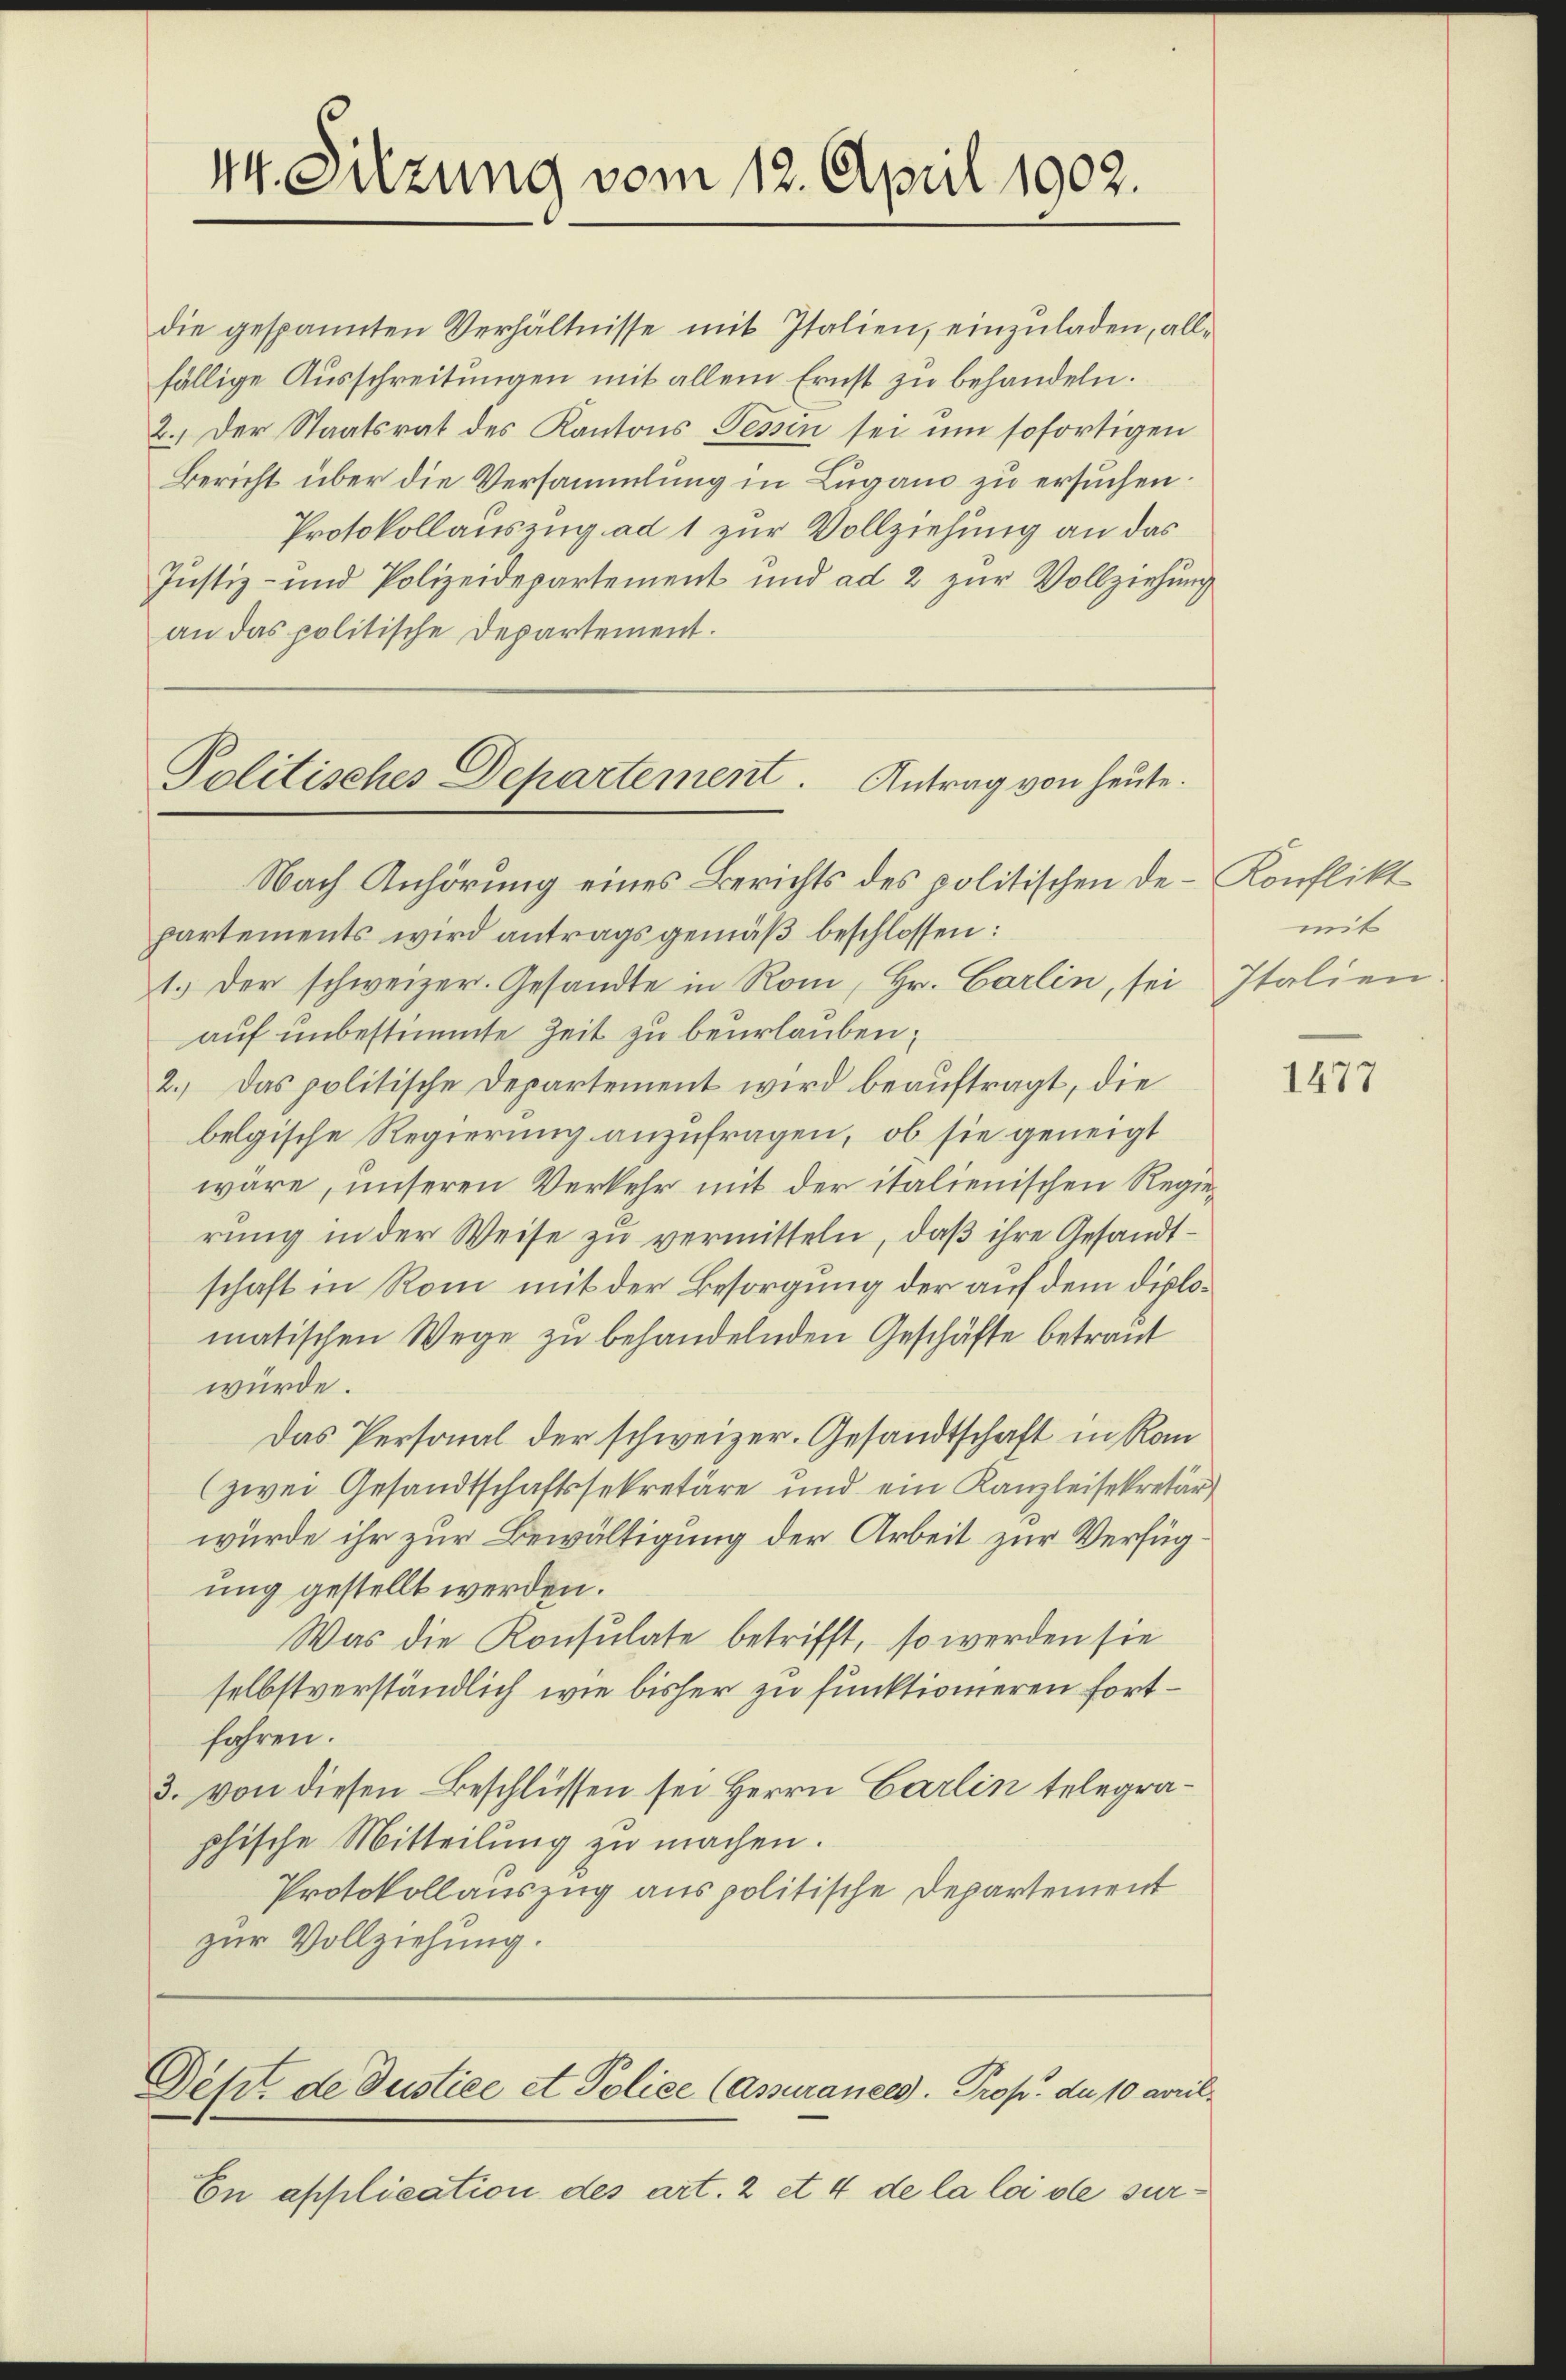
44. Sitzung vom 12. April 1902.

die gespannten Verhältnisse mit Italien, einzuladen, allfällige Ausschreitungen mit allem Ernst zu behandeln.
2.) Der Staatsrat des Kantons Tessin sei um sofortigen
Bericht über die Versammlung in Lugano zu ersuchen.
Protokollauszug ad 1 zur Vollziehung an das
Justiz- und Polizeidepartement und ad 2 zur Vollziehung
an das politische Departement.
Politisches Departement. Antrag von heute.

Nach Anhörung eines Berichts des politischen De-Konflikt
partements wird antragsgemäß beschlossen:
1. Der schweizer. Gesandte in Rom, Hr. Carlin, sei Italien.
auf unbestimmte Zeit zu beurlauben,
2.) Das politische Departement wird beauftragt, die
belgische Regierung anzufragen, ob sie geneigt
wäre, unseren Verkehr mit der italienischen Regierung in der Weise zu vermitteln, daß ihre Gesandtschaft in Rom mit der Besorgung der auf dem diplomatischen Wege zu behandelnden Geschäfte betraut
würde.
Das Personal der schweizer. Gesandtschaft in Ran
(zwei Gesandtschaftssekretäre und ein Kanzleisekretär
würde ihr zur Bewältigung der Arbeit zur Verfügung gestellt werden.
Was die Konsulate betrifft, so werden sie
selbstverständlich wie bisher zu funktionieren fortfahren.
3. von diesen Beschlüssen sei Herrn Carlin telegraphische Mitteilung zu machen.
Protokollauszug aus politische Departement
zur Vollziehung.
Dehl. de Justice et Police (Assurances. Prof. du 10 avril
En application des art. 2 et 4 de la loi de sur¬

mit

1477